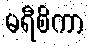
မရီစိကာ